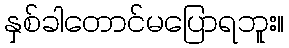
နှစ်ခါတောင်မပြောရဘူး။